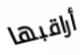
أراقبها